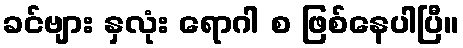
ခင်ဗျား နှလုံး ရောဂါ စ ဖြစ်နေပါပြီ။